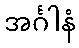
အင်္ဂါနံ